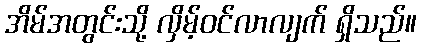
အိမ်အတွင်းသို့ လှိမ့်ဝင်လာလျက် ရှိသည်။